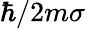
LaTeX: \hbar/2m\sigma